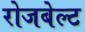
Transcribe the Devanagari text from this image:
रोजबेल्ट